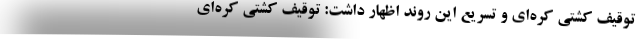
توقیف کشتی کره‌ای و تسریع این روند اظهار داشت: توقیف کشتی کره‌ای